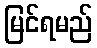
မြင်ရမည်